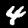
Label: 4